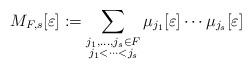
LaTeX: \begin{align*}M_{F,s}[\varepsilon] := \sum_{\substack{j_1,\dots,j_s \in F \\ j_1<\dots<j_s}} \mu_{j_1}[\varepsilon] \cdots \mu_{j_s}[\varepsilon]\end{align*}